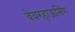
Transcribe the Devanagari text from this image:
वेयरहाऊसिंग